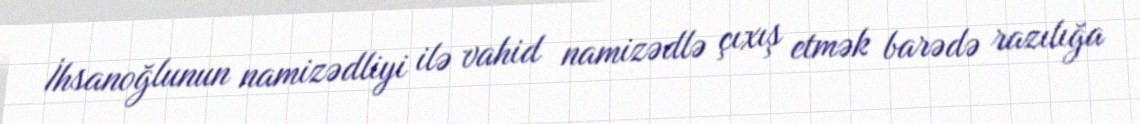
İhsanoğlunun namizədliyi ilə vahid namizədlə çıxış etmək barədə razılığa